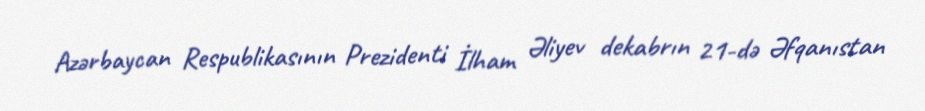
Azərbaycan Respublikasının Prezidenti İlham Əliyev dekabrın 21-də Əfqanıstan